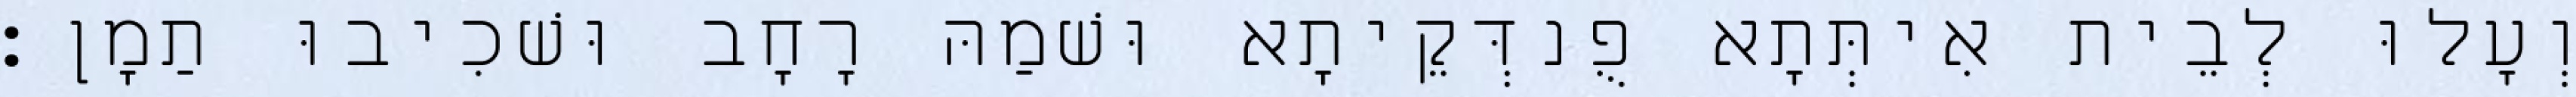
וְעָלוּ לְבֵית אִיתְּתָא פֻנדְּקֵיתָא וּשׁמַהּ רָחָב וּשׁכִיבוּ תַמָן׃